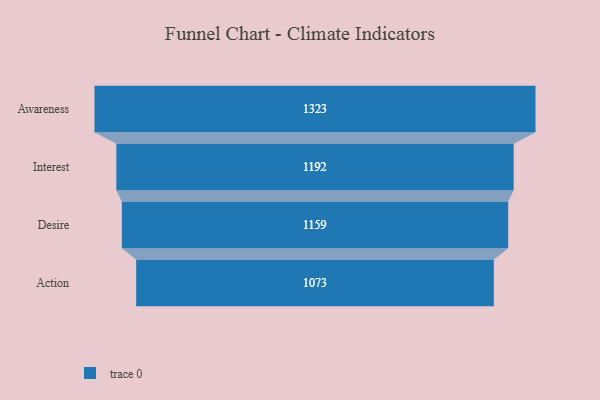
{"axis": {"x": "Stage", "y": "Value"}, "legend": [""], "data": [{"x": "Awareness", "y": 1323.0, "type": ""}, {"x": "Interest", "y": 1192.0, "type": ""}, {"x": "Desire", "y": 1159.0, "type": ""}, {"x": "Action", "y": 1073.0, "type": ""}]}